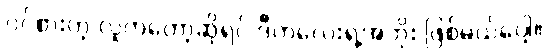
ဝင်စားတဲ့ လူကတော့ဆိုရင် ဒီကလေးရဲ့အဘိုး ဖြစ်မယ်ပေါ့။